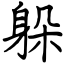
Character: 躲